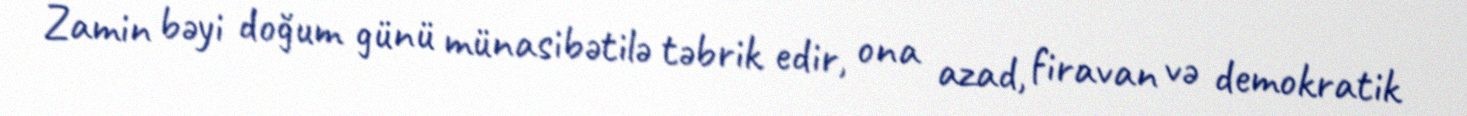
Zamin bəyi doğum günü münasibətilə təbrik edir, ona azad, firavan və demokratik